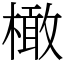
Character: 橄